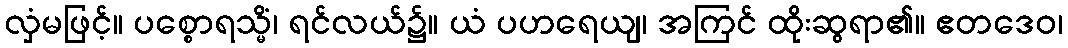
လှံမဖြင့်။ ပစ္စောရသ္မိံ၊ ရင်လယ်၌။ ယံ ပဟရေယျ၊ အကြင် ထိုးဆွရာ၏။ ဧတဒေဝ၊